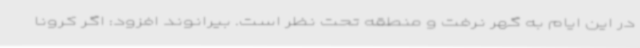
در این ایام به گهر نرفت و منطقه تحت نظر است. بیرانوند افزود: اگر کرونا